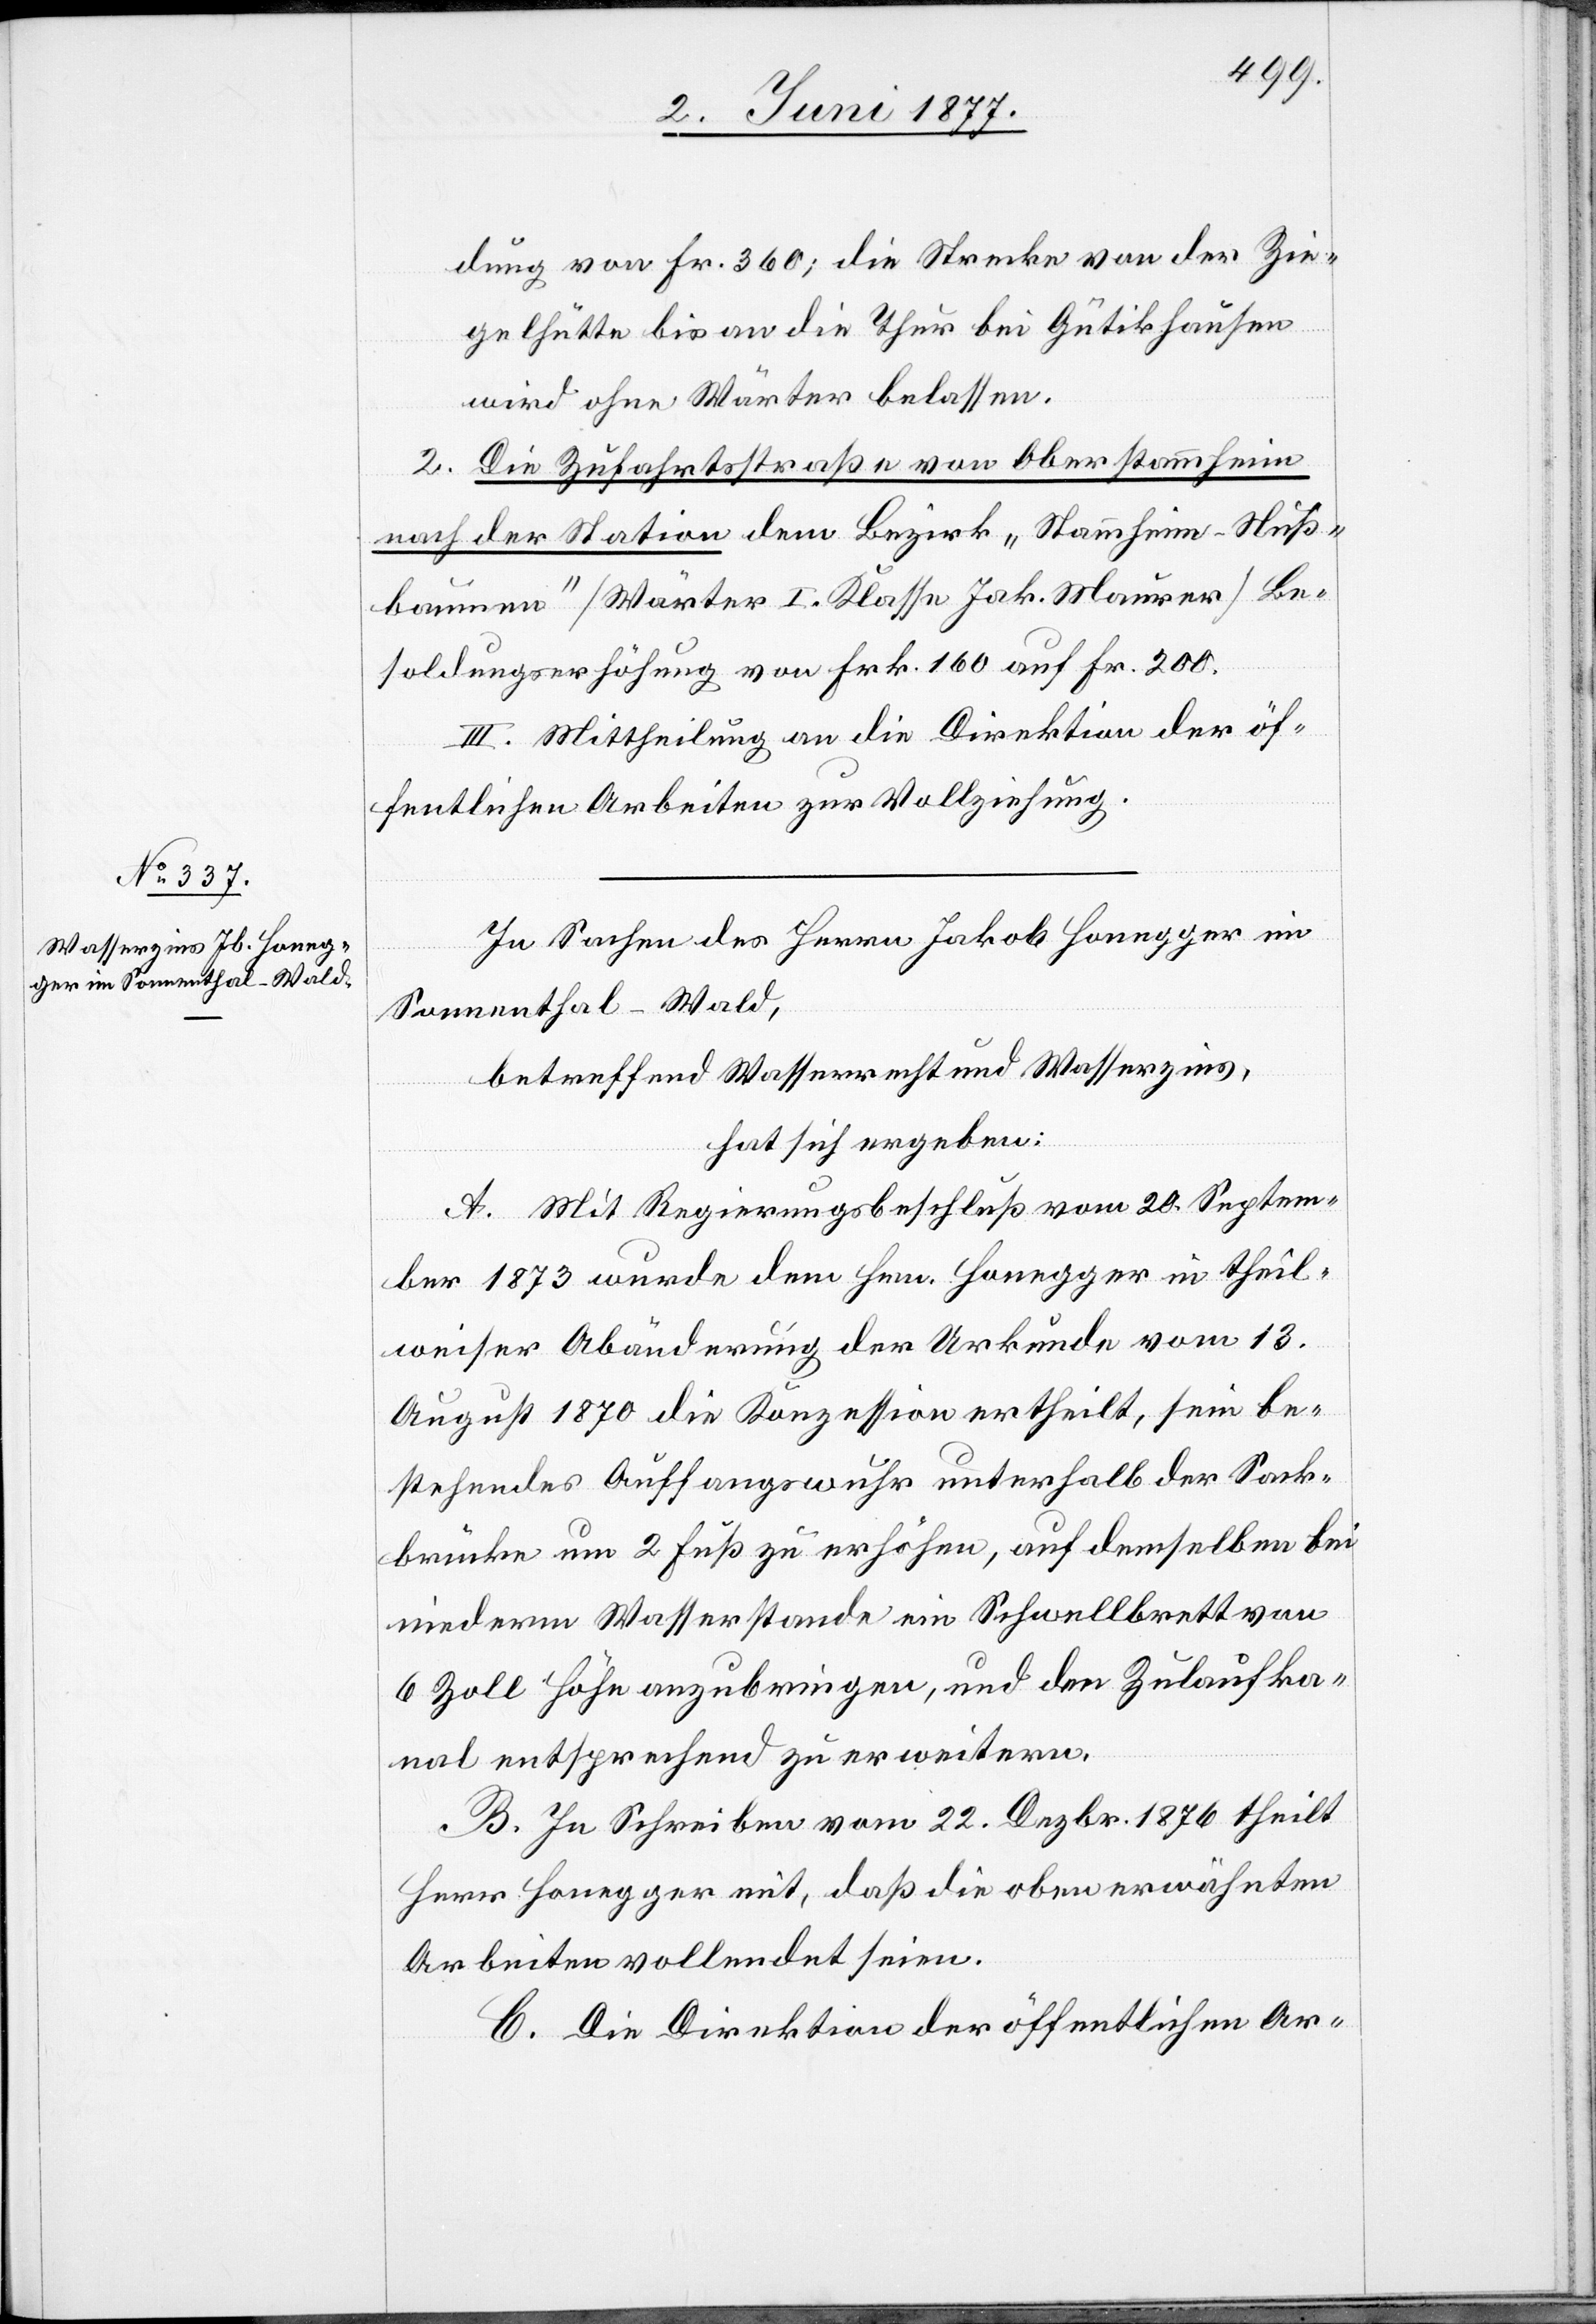
Zulaufk¬
dung von Fr. 360; die Strecke von der Zie¬
gelhütte bis an die Thur bei Gütikhausen
wird ohne Wärter belassen.
2. Die Zufahrtsstraße von Oberstammheim
nach der Station dem Bezirk „Stammheim-Nuß¬
baumen“ [Wärter I. Klasse Jak. Maurer] Be¬
soldungserhöhung von Frk. 160 auf Fr. 200.
III. Mittheilung an die Direktion der öf¬
fentlichen Arbeiten zur Vollziehung.
In Sachen des Herrn Jakob Honegger im
Sonnenthal - Wald,
betreffend Wasserrecht und Wasserzins,
hat sich ergeben:
A. Mit Regierungsbeschluß vom 20. Septem¬
ber 1873 wurde dem Hrn. Honegger in theil¬
weiser Abänderung der Urkunde vom 13.
August 1870 die Konzession ertheilt, sein be¬
stehendes Auffangswuhr unterhalb der Sack¬
brücke um 2 Fuß zu erhöhen, auf demselben bei
niederem Wasserstande ein Schwellbrett
anal entsprechend zu erweitern.
B. In Schreiben vom 22. Dezbr. 1876 theilt
Herr Honegger mit, daß die oben erwähnten
Arbeiten vollendet seien.
C. Die Direktion der öffentlichen Ar-